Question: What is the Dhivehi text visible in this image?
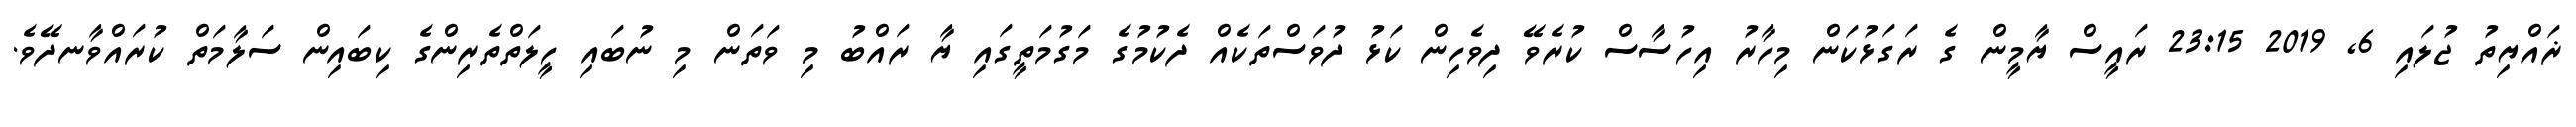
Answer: ޜައްޔިތު ޖުލައި 6, 2019 23:15 ރައީސް ޔާމީން ގެ ރަގަޅުކަން މިހާރު އިހުސާސް ކުރެވޭ ދިވެހިން ކަޅު ދުވަސްތަކެއް ދެކުމުގެ މަގުމަތީގައި ޔާ ރައްބު މި ވަތަން މި ނުބައި ހީލަތްތެރިންގެ ކިބައިން ސަލާމަތް ކުރައްވާނދޭވެ.